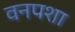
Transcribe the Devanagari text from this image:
वनपशा